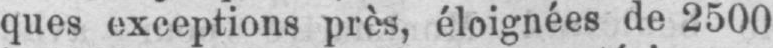
ques exceptions près, éloignées de 2500